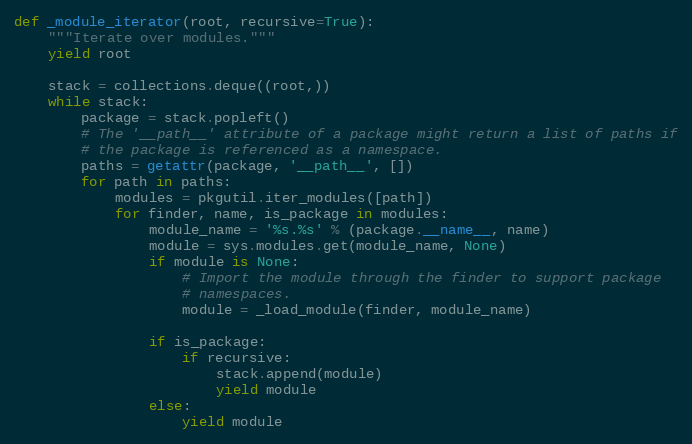
Language: Python
def _module_iterator(root, recursive=True):
    """Iterate over modules."""
    yield root

    stack = collections.deque((root,))
    while stack:
        package = stack.popleft()
        # The '__path__' attribute of a package might return a list of paths if
        # the package is referenced as a namespace.
        paths = getattr(package, '__path__', [])
        for path in paths:
            modules = pkgutil.iter_modules([path])
            for finder, name, is_package in modules:
                module_name = '%s.%s' % (package.__name__, name)
                module = sys.modules.get(module_name, None)
                if module is None:
                    # Import the module through the finder to support package
                    # namespaces.
                    module = _load_module(finder, module_name)

                if is_package:
                    if recursive:
                        stack.append(module)
                        yield module
                else:
                    yield module